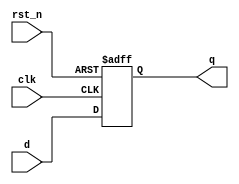
module reg_dff  #(parameter N = 8)
                (output reg [N-1:0] q,input [N-1:0] d, input clk, rst_n);

    always @(posedge clk, negedge rst_n) begin
        if(~rst_n) 
            q <= 1'b0;
        else
            q <= d;
    end
endmodule